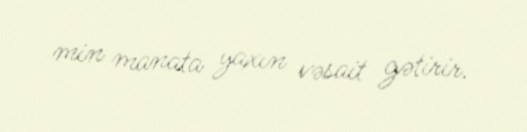
min manata yaxın vəsait gətirir.